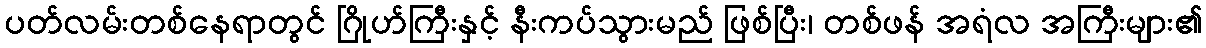
ပတ်လမ်းတစ်နေရာတွင် ဂြိုဟ်ကြီးနှင့် နီးကပ်သွားမည် ဖြစ်ပြီး၊ တစ်ဖန် အရံလ အကြီးများ၏